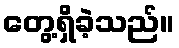
တွေ့ရှိခဲ့သည်။